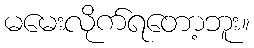
မမေးလိုက်ရတော့ဘူး။